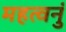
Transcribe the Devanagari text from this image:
महत्वनुं